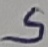
Text: S